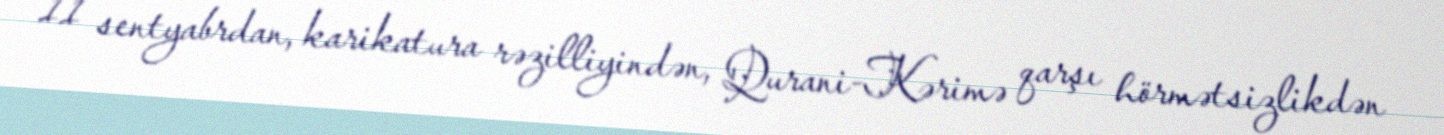
11 sentyabrdan, karikatura rəzilliyindən, Qurani-Kərimə qarşı hörmətsizlikdən